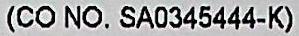
(CO NO. SA0345444-K)